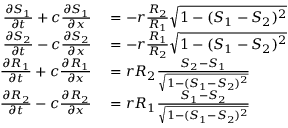
\begin{array} { r l } { \frac { \partial S _ { 1 } } { \partial t } + c \frac { \partial S _ { 1 } } { \partial x } } & { { } = - r \frac { R _ { 2 } } { R _ { 1 } } \sqrt { 1 - ( S _ { 1 } - S _ { 2 } ) ^ { 2 } } } \\ { \frac { \partial S _ { 2 } } { \partial t } - c \frac { \partial S _ { 2 } } { \partial x } } & { { } = - r \frac { R _ { 1 } } { R _ { 2 } } \sqrt { 1 - ( S _ { 1 } - S _ { 2 } ) ^ { 2 } } } \\ { \frac { \partial R _ { 1 } } { \partial t } + c \frac { \partial R _ { 1 } } { \partial x } } & { { } = r R _ { 2 } \frac { S _ { 2 } - S _ { 1 } } { \sqrt { 1 - ( S _ { 1 } - S _ { 2 } ) ^ { 2 } } } } \\ { \frac { \partial R _ { 2 } } { \partial t } - c \frac { \partial R _ { 2 } } { \partial x } } & { { } = r R _ { 1 } \frac { S _ { 1 } - S _ { 2 } } { \sqrt { 1 - ( S _ { 1 } - S _ { 2 } ) ^ { 2 } } } } \end{array}